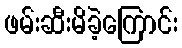
ဖမ်းဆီးမိခဲ့ကြောင်း